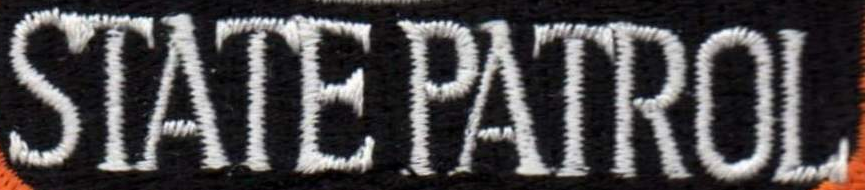
STATE PATROL